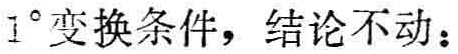
$1^{\circ}$变换条件，结论不动：